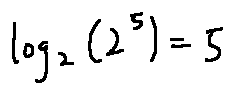
\log _ { 2 } ( 2 ^ { 5 } ) = 5